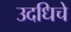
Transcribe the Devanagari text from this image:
उदधिचे